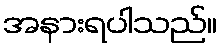
အနားရပါသည်။